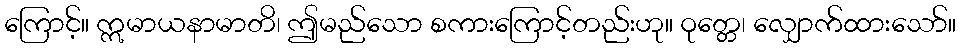
ကြောင့်။ ဣမာယနာမာတိ၊ ဤမည်သော စကားကြောင့်တည်းဟု။ ဝုတ္တေ၊ လျှောက်ထားသော်။